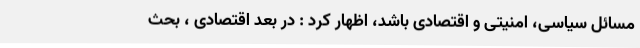
مسائل سیاسی، امنیتی و اقتصادی باشد، اظهار کرد : در بعد اقتصادی ، بحث